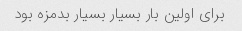
براى اولین بار بسیار بسیار بدمزه بود